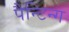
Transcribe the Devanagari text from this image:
पैन्टिन्ग